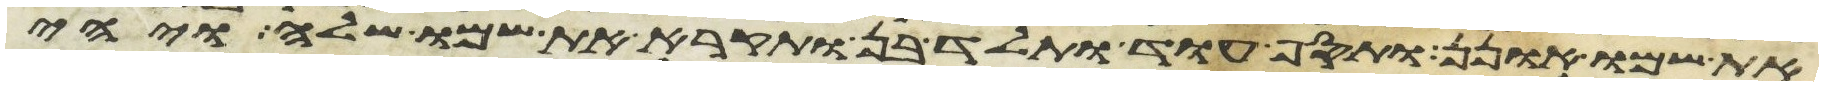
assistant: את שמו אונן ותסף עוד ותלד בן ותקרא את שמו שלה ויהי